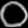
Digit: ၀